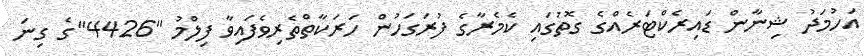
އަހުމަދު ޝިނާން ޑައިރެކްޓަރެއްގެ ގޮތުގައި ކެމެރާގެ ފުރަގަހުން ހަރަކާތްތެރިވެފައިވާ ފިލްމު "4426"ގެ ގިނަ